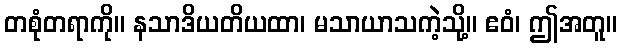
တစုံတရာကို။ နသာဒိယတိယထာ၊ မသာယာသကဲ့သို့။ ဧဝံ၊ ဤအတူ။